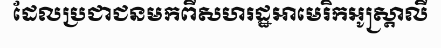
ដែលប្រជាជនមកពីសហរដ្ឋអាមេរិកអូស្ត្រាលី